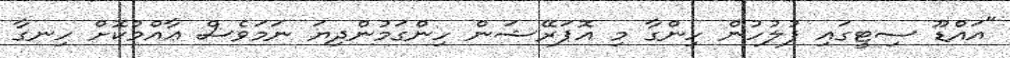
"އައްޑޫ ސިޓީގައި ފުލުހުން ހިންގާ މި އޮޕަރޭޝަން ހިންގަމުންދިޔަ ނަމަވެސް ޢާއްމުކޮށް ހިނގާ